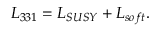
{ \cal L } _ { 3 3 1 } = { \cal L } _ { S U S Y } + { \cal L } _ { s o f t } .